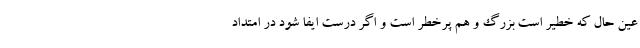
عین حال که خطیر است بزرگ و هم پرخطر است و اگر درست ایفا شود در امتداد